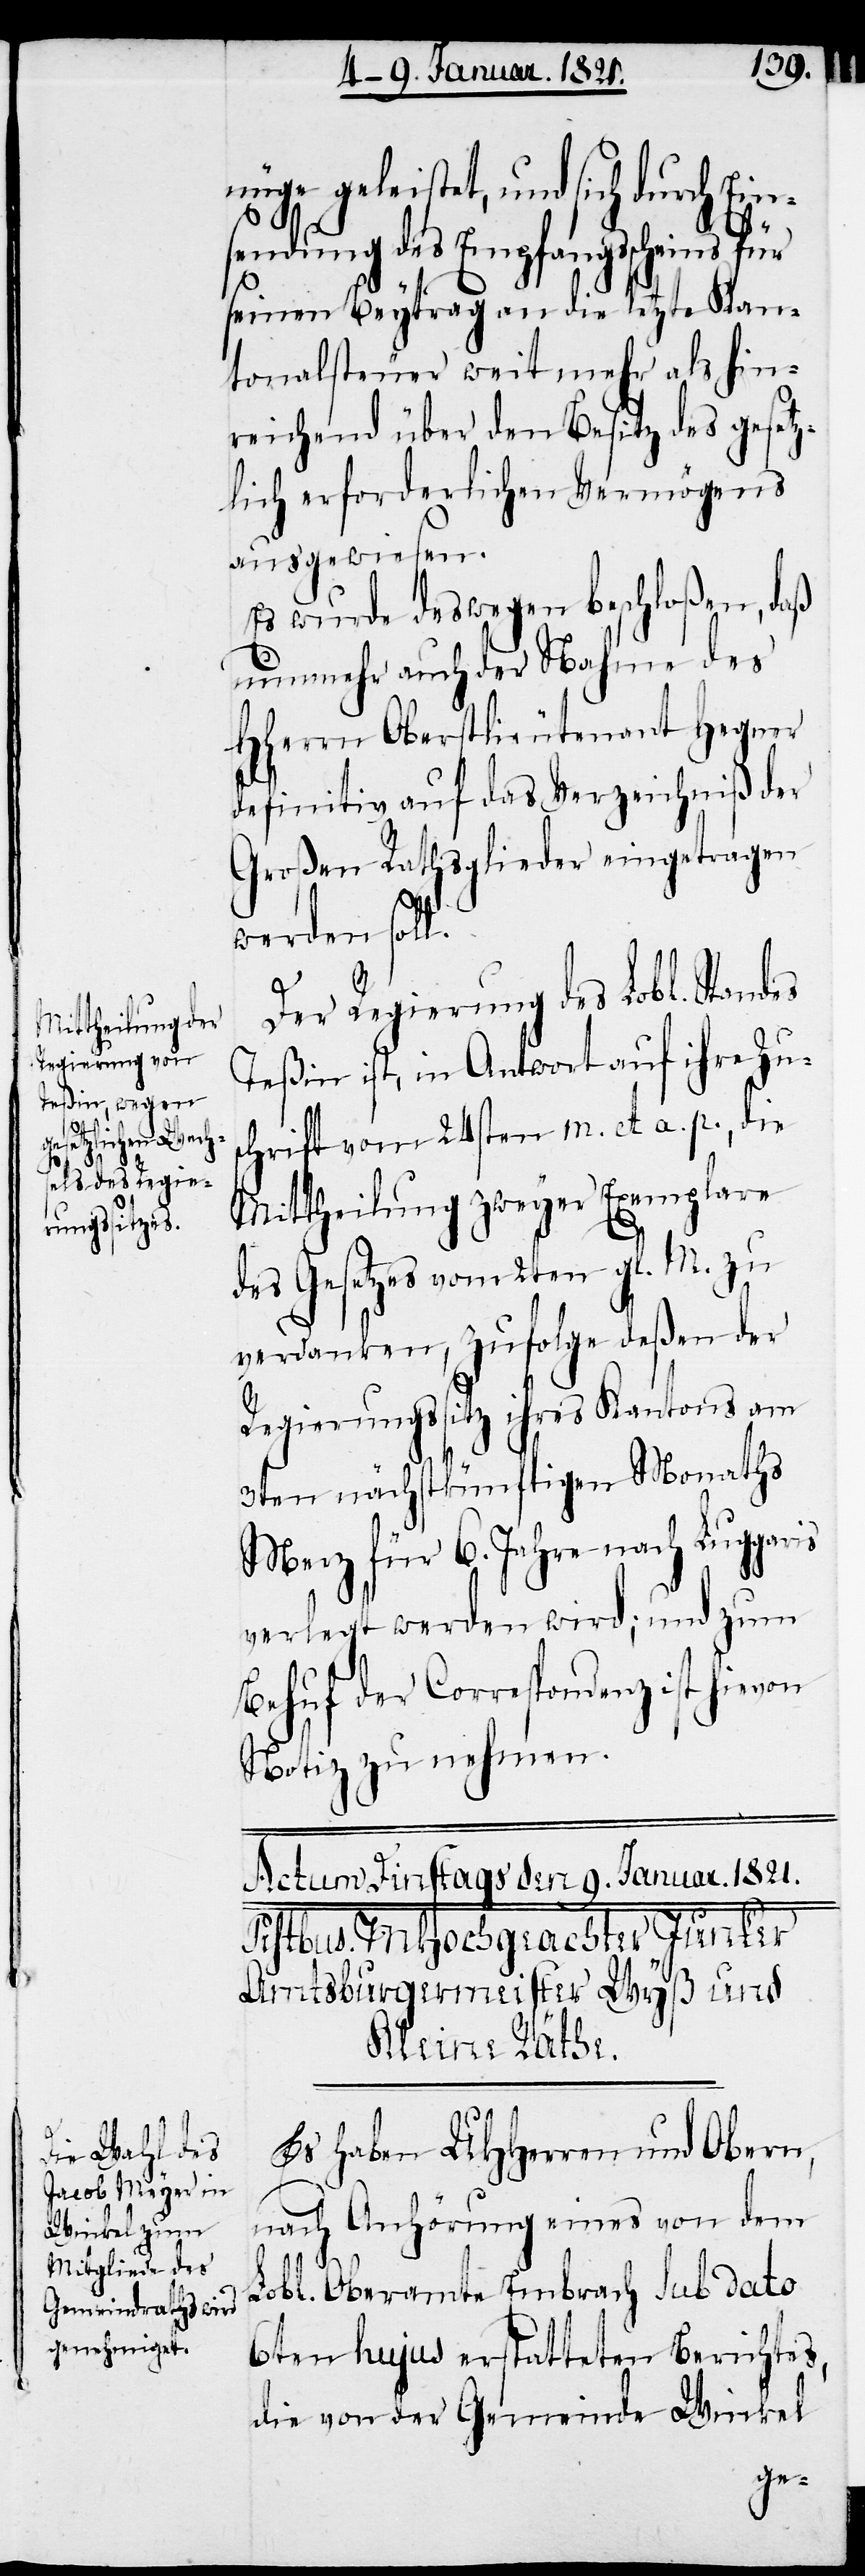
nüge geleistet, und sich durch Ein¬
sendung des Empfangsscheins für
seynen Beytrag an die letzte Kan¬
tonalsteuer weit mehr als hin¬
reichend über den Besitz des gesetz¬
lich erforderlichen Vermögens
ausgewiesen.
Es wurde deswegen beschloßen, daß
nunmehr auch der Nahme des
HHerrn Oberstlieutenant Hegner
definitiv auf das Verzeichniß der
Großen Rathsglieder eingetragen
werden soll.
Der Regierung des Lobl. Standes
Teßin ist, in Antwort auf ihre Zus¬
chrift vom 24sten m. et. a. p., die
Mittheilung zweyer Exemplare
des Gesetzes vom 2ten gl. M. zu
verdanken, zufolge deßen der
Regierungssitz ihres Kantons am
3ten nächstkünftigen Monaths
Merz für 6. Jahre nach Luggaris
verlegt werden wird; und zum
Behuf der Correspondenz ist hievon
Notiz zu nehmen.
Es haben UHHerren und Obern,
nach Anhörung eines von dem
Lobl. Oberamte Embrach sub dato
6ten hujus erstatteten Berichtes,
die von der Gemeinde Winkel